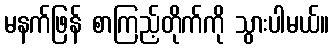
မနက်ဖြန် စာကြည့်တိုက်ကို သွားပါမယ်။